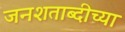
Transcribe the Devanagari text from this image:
जनशताब्दीच्या